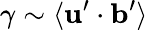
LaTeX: \gamma\sim\langle\mathbf{u}^{\prime}\cdot\mathbf{b}^{\prime}\rangle